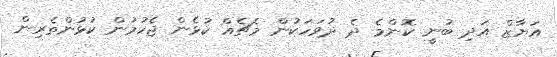
އަޔާޒް އަދި ބުނީ ކޮންމެ ދެ ދުވަހަކުން މެޗެއް ކުޅެން ޖެހުމުން ކުޅުންތެރިން